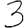
Digit: 3